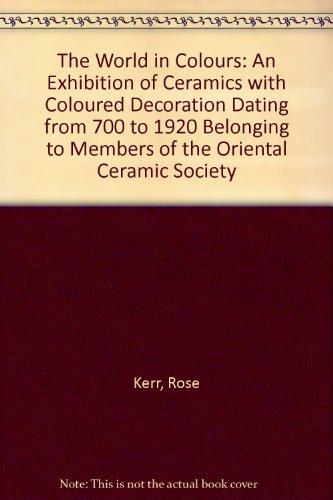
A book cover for The World in Colours: An Exhibition of Ceramics with Coloured Decoration Dating from 700 to 1920 Belonging to Members of the Oriental Ceramic Society; Rose Kerr; Arts & Photography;